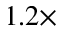
1 . 2 \times